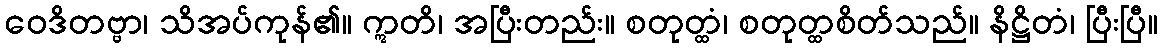
ဝေဒိတဗ္ဗာ၊ သိအပ်ကုန်၏။ ဣတိ၊ အပြီးတည်း။ စတုတ္ထံ၊ စတုတ္ထစိတ်သည်။ နိဋ္ဌိတံ၊ ပြီးပြီ။